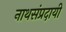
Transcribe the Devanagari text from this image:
नाथसंप्रदायी